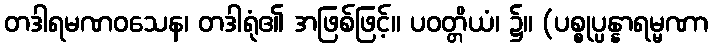
တဒါရမဏဝသေန၊ တဒါရုံ၏ အဖြစ်ဖြင့်။ ပဝတ္တိယံ၊ ၌။ (ပစ္စုပ္ပန္နာရမ္မဏာ